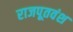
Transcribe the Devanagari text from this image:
राजपूतवंश